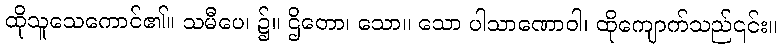
ထိုသူသေကောင်၏။ သမီပေ၊ ၌။ ဌိတော၊ သော။ သော ပါသာဏောဝါ၊ ထိုကျောက်သည်၎င်း။